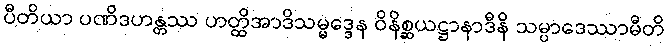
ပီတိယာ ပဏိဒဟန္တဿ ဟတ္ထိအာဒိသမ္မဒ္ဒေန ဝိနိစ္ဆယဋ္ဌာနာဒီနိ သမ္ပာဒေဿာမီတိ